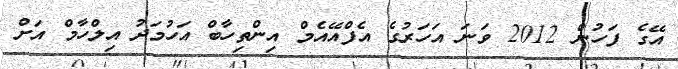
އޭގެ ފަހުން 2012 ވަނަ އަހަރުގެ އެފްއޭއެމް އިންތިހާބް އަހުމަދު އިލްހާމް އަށް